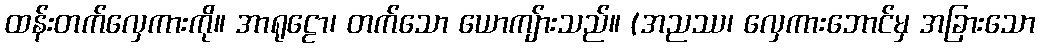
ထန်းတက်လှေကားကို။ အာရုဠော၊ တက်သော ယောကျ်ားသည်။ (အညဿ၊ လှေကားဘောင်မှ အခြားသော